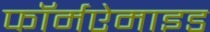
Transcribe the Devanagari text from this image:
फॉर्मऐमाइड